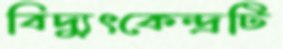
বিদ্যুৎকেন্দ্রটি